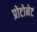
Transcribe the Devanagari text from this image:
प्रोटोनेट